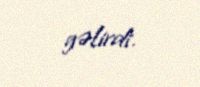
gəlirdi.